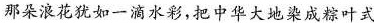
那朵浪花犹如一滴水彩，把中华大地染成粽叶式